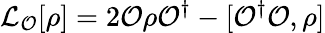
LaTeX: \mathcal{L}_{\mathcal{O}}[\rho]=2\mathcal{O}\rho\mathcal{O}^{\dagger}-[\mathcal{O}^{\dagger}\mathcal{O},\rho]